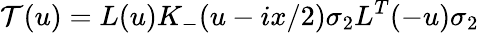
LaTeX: {\cal T}(u)=L(u)K_{-}(u-ix/2)\sigma_{2}L^{T}(-u)\sigma_{2}